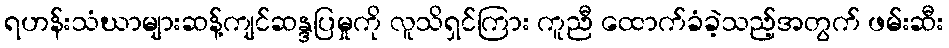
ရဟန်းသံဃာများဆန့်ကျင်ဆန္ဒပြမှုကို လူသိရှင်ကြား ကူညီ ထောက်ခံခဲ့သည့်အတွက် ဖမ်းဆီး